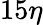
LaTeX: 15\eta